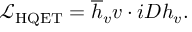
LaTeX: \mathcal { L } _ { \mathrm { H Q E T } } = \overline { { { h } } } _ { v } v \cdot i D h _ { v } .